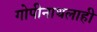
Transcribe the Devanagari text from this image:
गोपीनाथलाही